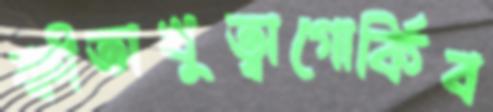
স্ফীতাখুত্বাগোর্কিব